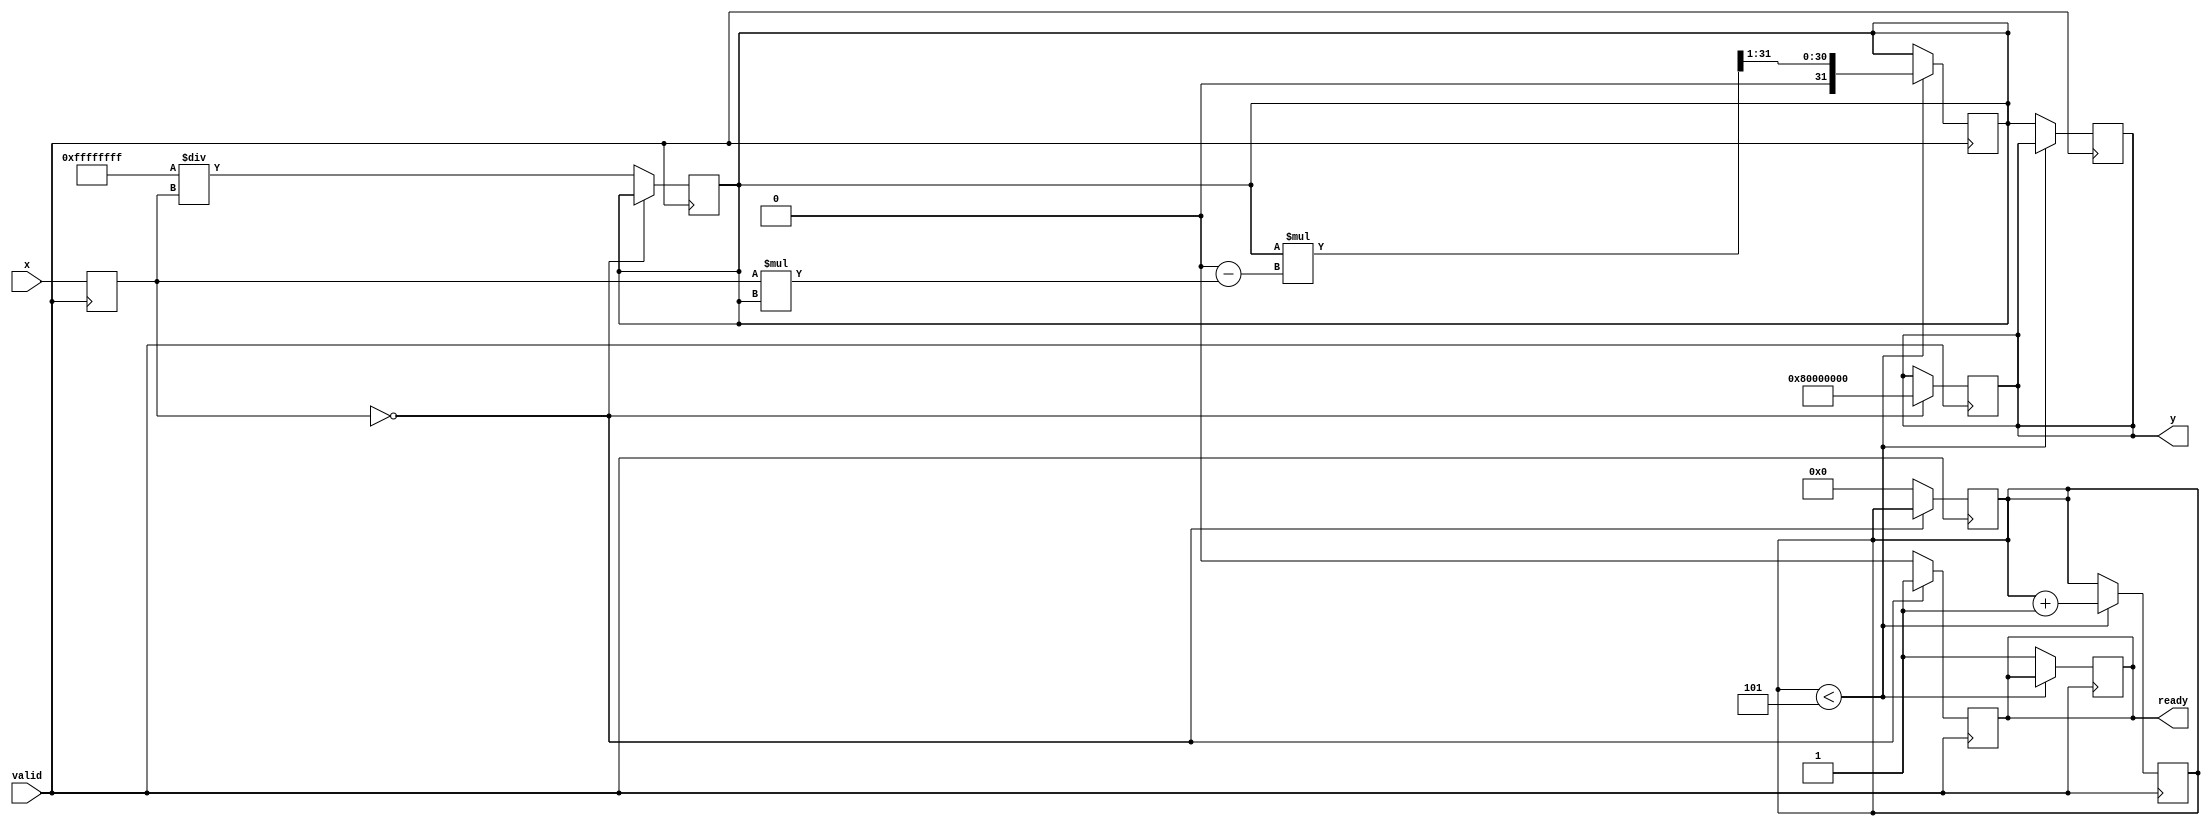
module fixed_point_reciprocal #(
    parameter N = 16,  // Input data width
    parameter M = 32   // Output data width
)(
    input wire [N-1:0] x,         // Fixed-point input value
    input wire valid,              // Valid signal
    output reg [M-1:0] y,         // Fixed-point reciprocal output
    output reg ready               // Ready signal
);

    // Internal signals
    reg [N-1:0] x_reg;
    reg [M-1:0] approx;            // Approximation of reciprocal
    reg [M-1:0] temp;
    reg [3:0] iteration;           // Number of iterations for Newton-Raphson
    localparam MAX_ITER = 5;      // Define maximum iterations

    // Control logic
    always @(posedge valid) begin
        x_reg <= x;
        if (x_reg == 0) begin
            y <= {1'b1, {M-1{1'b0}}}; // Return max value for zero input
            ready <= 1'b1;
        end else begin
            // Initial approximation (can be improved based on input range)
            approx <= {M{1'b1}} / x_reg; // Initial guess: 2^M / x
            iteration <= 0;
            ready <= 1'b0;
        end
    end

    // Newton-Raphson iteration process
    always @(posedge valid) begin
        if (iteration < MAX_ITER) begin
            // Approximate reciprocal using Newton-Raphson
            temp = approx * (2**M - x_reg * approx); // temp = approx * (1 - x*approx)
            approx <= temp >> 1; // Halve the approximation
            iteration <= iteration + 1;
        end else begin
            y <= approx;         // Final output after iterations
            ready <= 1'b1;       // Mark processing as complete
        end
    end

endmodule